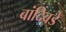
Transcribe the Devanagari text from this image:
बांदिवडे